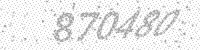
Solution: 870480